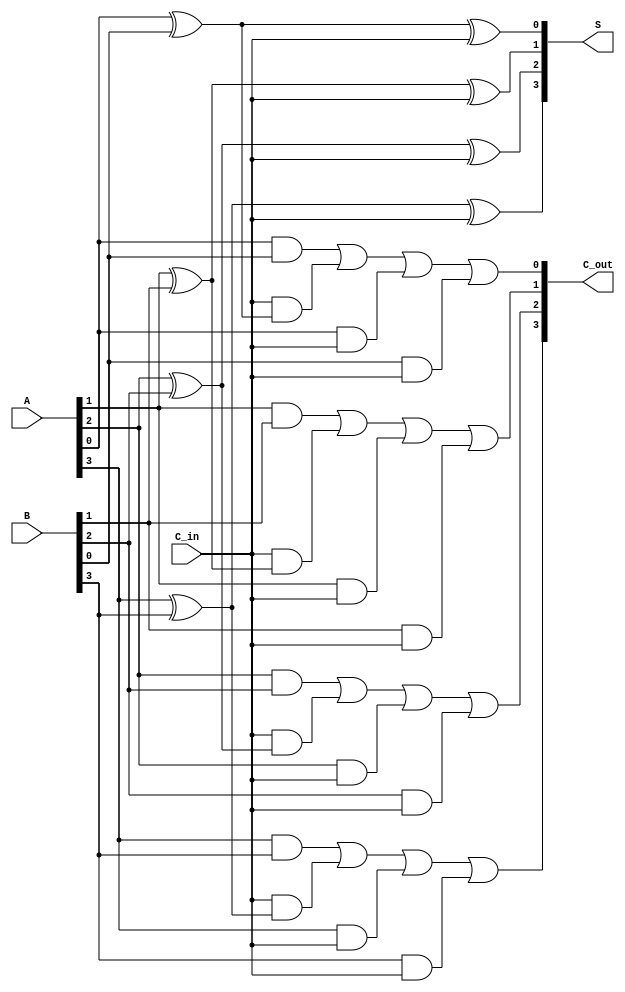
module carry_save_adder #(parameter N = 4) (
    input  [N-1:0] A,        // First n-bit input
    input  [N-1:0] B,        // Second n-bit input
    input         C_in,      // Carry input
    output [N-1:0] S,        // Sum output
    output [N-1:0] C_out      // Carry output
);

    genvar i;
    generate
        for (i = 0; i < N; i = i + 1) begin : CSA_bit
            // Sum calculation
            assign S[i] = A[i] ^ B[i] ^ C_in;

            // Carry calculation
            assign C_out[i] = (A[i] & B[i]) | (C_in & (A[i] ^ B[i])) | (A[i] & C_in) | (B[i] & C_in);
        end
    endgenerate

endmodule